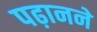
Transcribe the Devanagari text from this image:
पढ़ानने